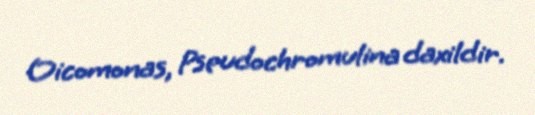
Oicomonas, Pseudochromulina daxildir.